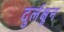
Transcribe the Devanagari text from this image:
दुर्लक्षुन